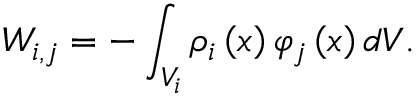
W _ { i , j } = - \int _ { V _ { i } } \rho _ { i } \left( x \right) \varphi _ { j } \left( x \right) d V .